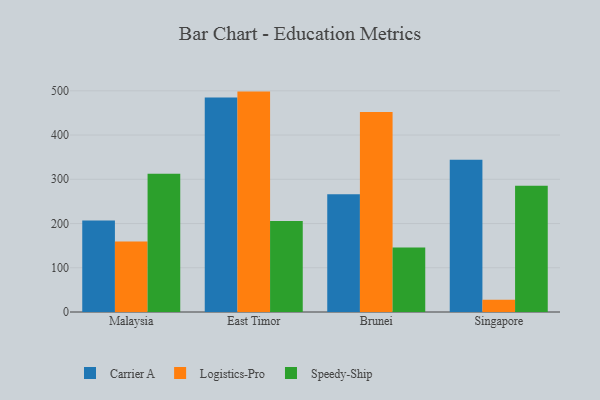
{"axis": {"x": "Country", "y": "Shipments"}, "legend": ["Carrier A", "Logistics-Pro", "Speedy-Ship"], "data": [{"x": "Malaysia", "y": 207.1, "type": "Carrier A"}, {"x": "Malaysia", "y": 159.5, "type": "Logistics-Pro"}, {"x": "Malaysia", "y": 312.4, "type": "Speedy-Ship"}, {"x": "East Timor", "y": 484.8, "type": "Carrier A"}, {"x": "East Timor", "y": 498.2, "type": "Logistics-Pro"}, {"x": "East Timor", "y": 205.9, "type": "Speedy-Ship"}, {"x": "Brunei", "y": 266.2, "type": "Carrier A"}, {"x": "Brunei", "y": 452.0, "type": "Logistics-Pro"}, {"x": "Brunei", "y": 146.0, "type": "Speedy-Ship"}, {"x": "Singapore", "y": 344.4, "type": "Carrier A"}, {"x": "Singapore", "y": 27.5, "type": "Logistics-Pro"}, {"x": "Singapore", "y": 285.4, "type": "Speedy-Ship"}]}